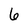
Character: 6